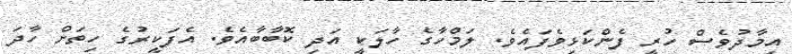
އިމާދުވެސް ހުރީ ފެންކަޅިވެފައެވެ. ލަމްހާގެ ހާލަކީ އަދި ކޮބާބާއެވެ. އެފަކީރުގެ ހިތަށް ހާދަ